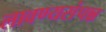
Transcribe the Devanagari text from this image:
लावण्यसंपन्न